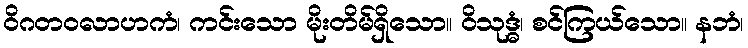
ဝိဂတဝလာဟကံ၊ ကင်းသော မိုးတိမ်ရှိသော။ ဝိသုဒ္ဓံ၊ စင်ကြယ်သော။ နဘံ၊